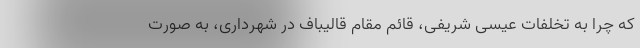
که چرا به تخلفات عیسی شریفی، قائم مقام قالیباف در شهرداری، به صورت